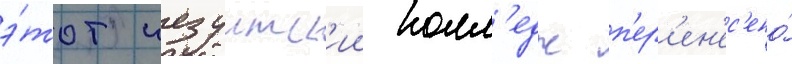
э́тот иезуитск'ии колл'едж п'ер'ен'ес'ено́